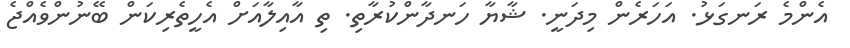
އެންމެ ރަނގަޅު. އަހަރެން މިދަނީ. ޝާޔާ ހަނދާންކުރާތި. ތި އާއިލާއަށް އެހީތެރިކަން ބޭނުންވެއްޖެ